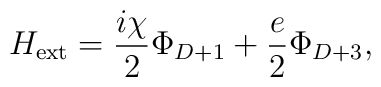
H_{\rm ext} =\frac{i\chi}{2}\Phi_{D+1}+\frac{e}{2} \Phi_{D+3},